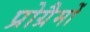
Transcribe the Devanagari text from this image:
प्रोग्रैमों